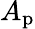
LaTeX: A_{\mathrm{{p}}}